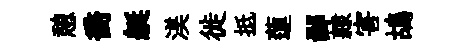
憩喬艇渼徙抵蓮鄙隷害鴣